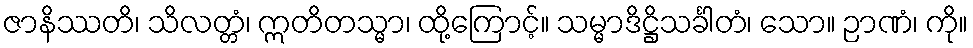
ဇာနိဿတိ၊ သိလတ္တံ၊ ဣတိတသ္မာ၊ ထို့ကြောင့်။ သမ္မာဒိဋ္ဌိသင်္ခါတံ၊ သော။ ဉာဏံ၊ ကို။